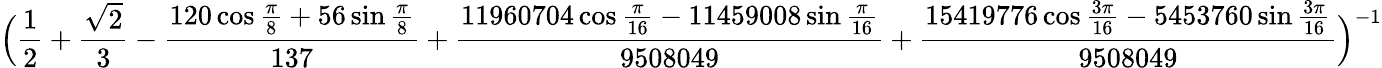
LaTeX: \Big(\frac{1}{2}+\frac{\sqrt{2}}{3}-\frac{120\cos\frac\pi 8+56\sin\frac\pi 8}{137}+\frac{11960704\cos\frac\pi{16}-11459008\sin\frac\pi{16}}{9508049}+\frac{15419776\cos\frac{3\pi}{16}-5453760\sin\frac{3\pi}{16}}{9508049}\Big)^{-1}